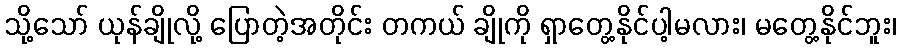
သို့သော် ယုန်ချိုလို့ ပြောတဲ့အတိုင်း တကယ် ချိုကို ရှာတွေ့နိုင်ပါ့မလား၊ မတွေ့နိုင်ဘူး၊